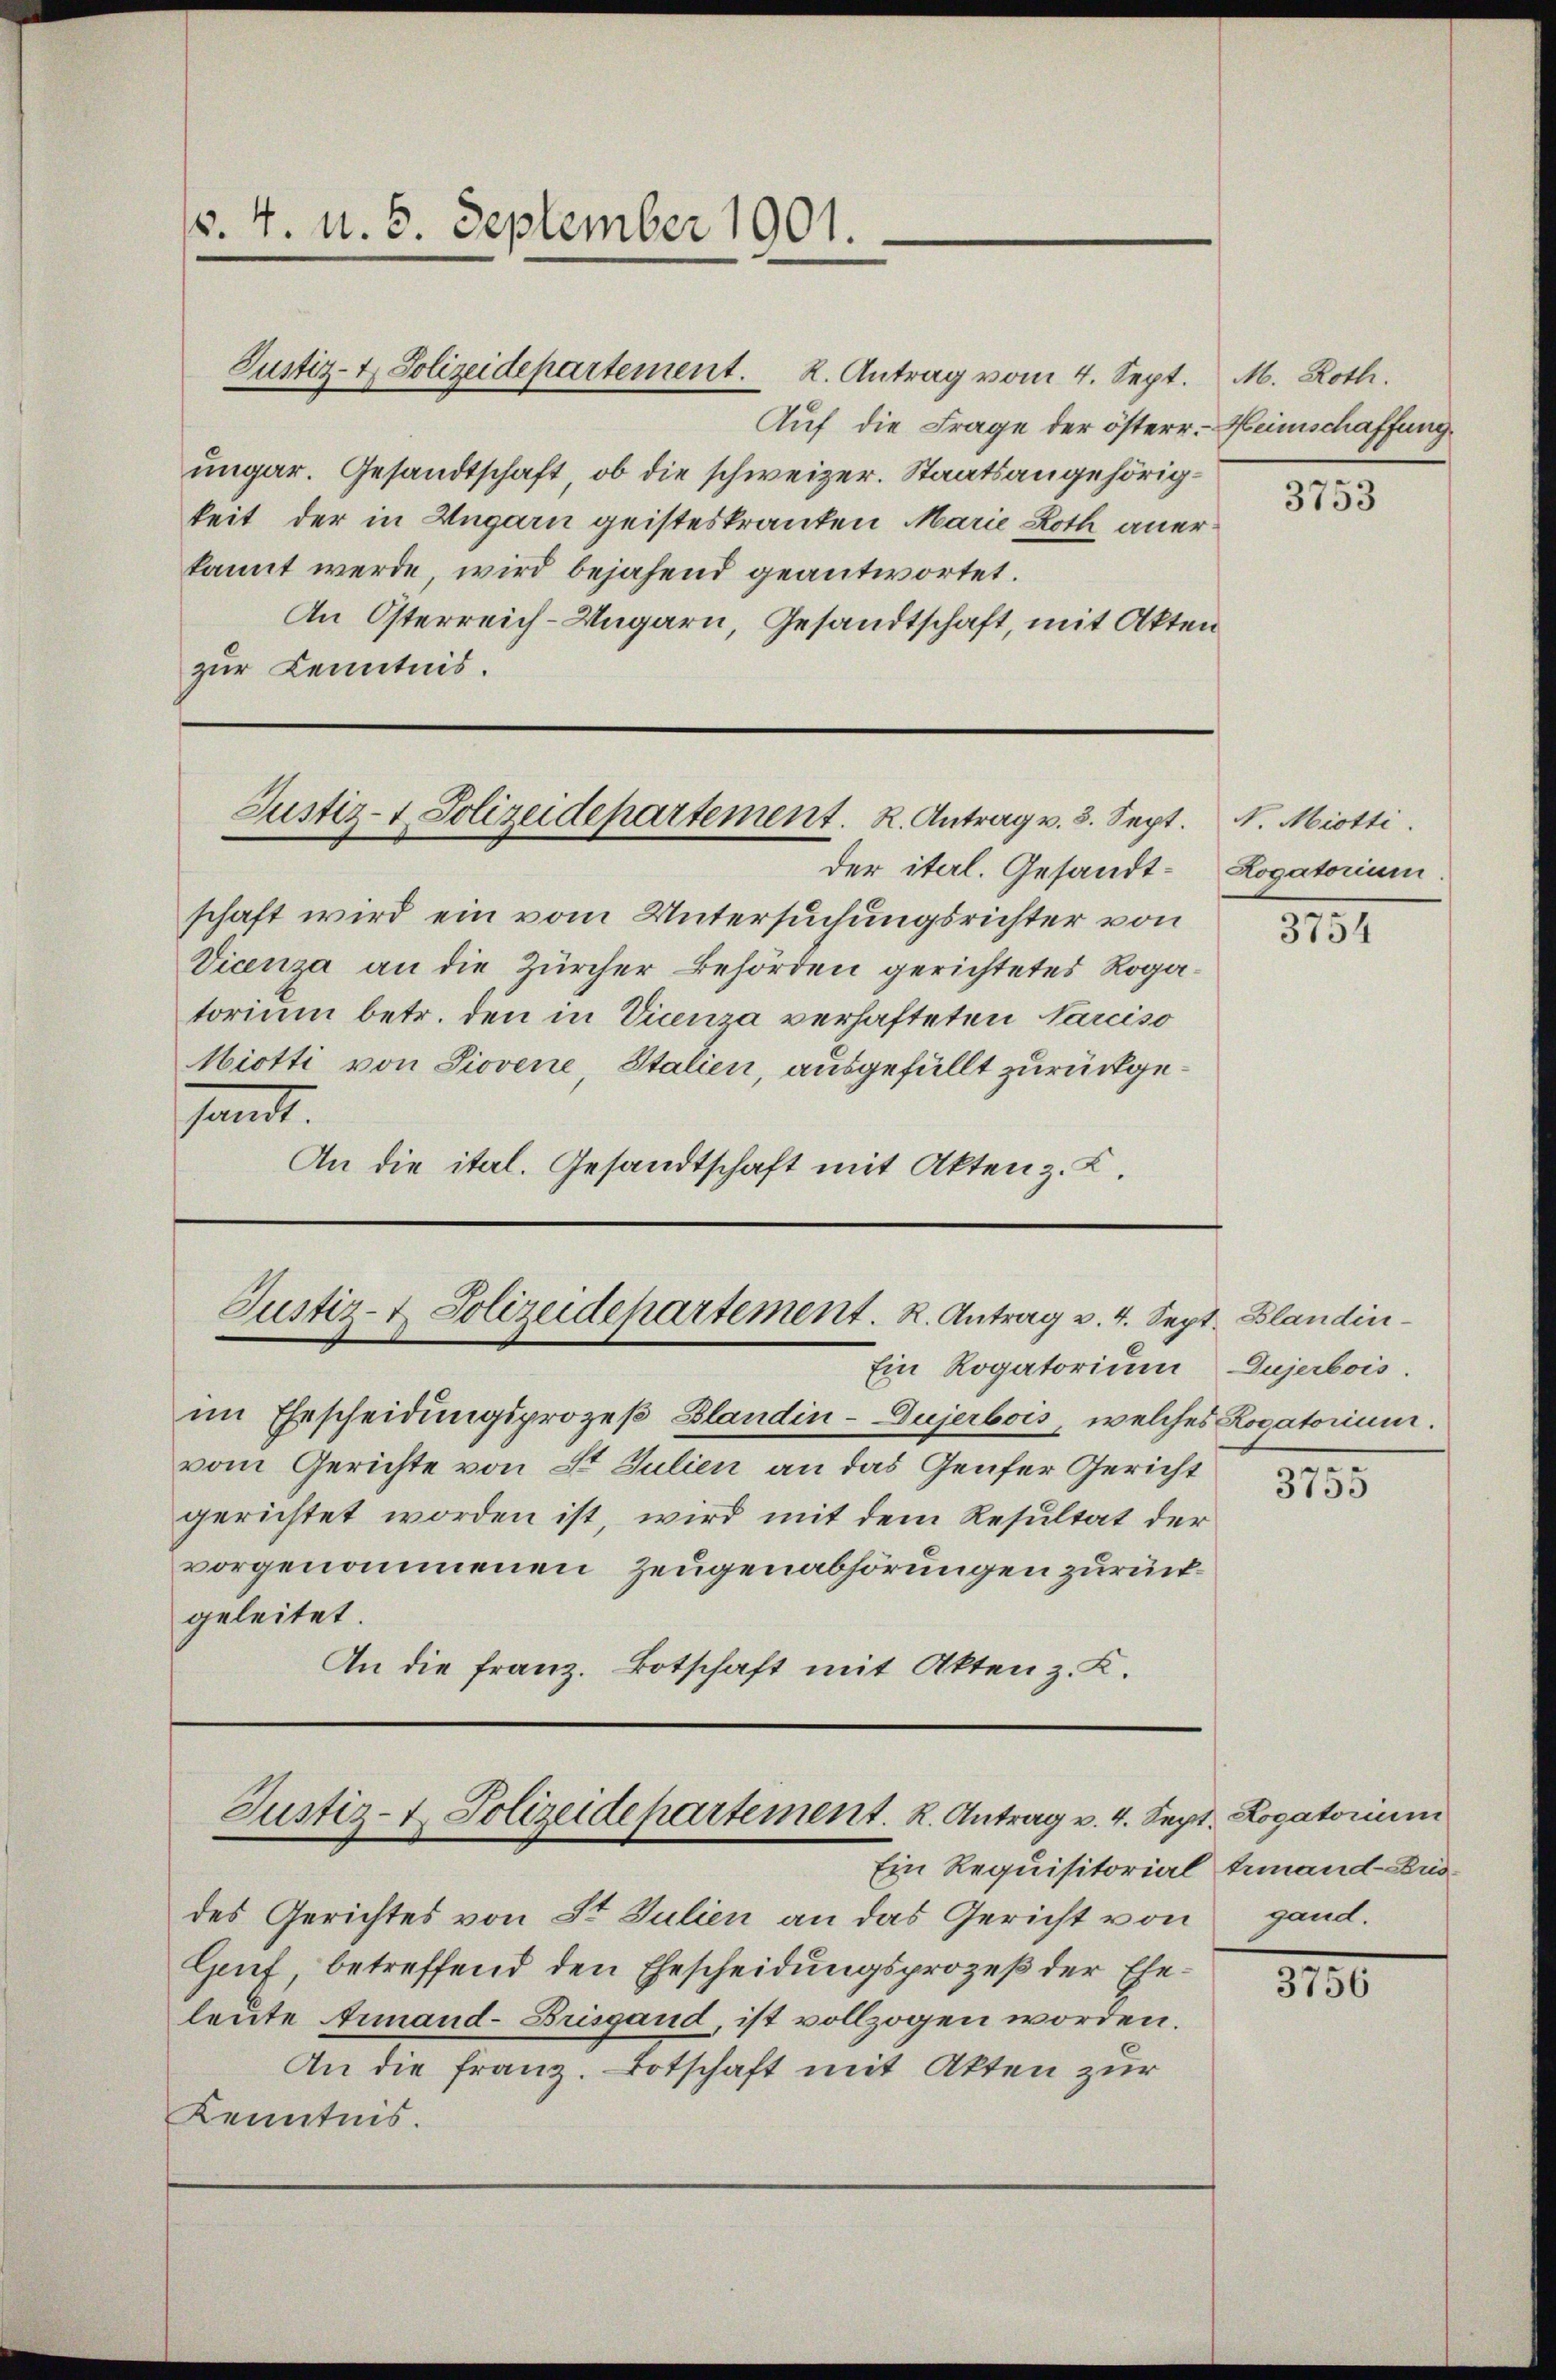
v. 4. d. 6. September 1901.

Justiz- & Polizeidepartement. K. Antrag vom 4. Sept. M. Roth.
Auf die Frage der österr. Heimschaffung
ungar. Gesandtschaft, ob die schweizer. Staatsangehörigkeit der in Ungarn geisteskranken Marie Roth aner
kannt werde, wird bejahend geantwortet.
An Österreich-Ungarn, Gesandtschaft, mit Akten
zur Kenntnis.

der itel. Gesandtschaft wird ein vom Untersuchungsrichter von
Vicenza an die Zürcher Behörden gerichtetes Roga
torium betr. den in Vicenza verhafteten Tarciso
Niotti von Piovene, Stalien, ausgefüllt zurückgesandt.
An die ital. Gesandtschaft mit Akten z. L.

Justiz- & Polizeidepartement. R. Antrag v. 3. Sept. N. Mitti.

Justiz- & Polizeidepartement. R. Antrag v. 4. Sept. Blandin¬
Ein Rogatorium

Justiz- & Polizeidepartement. K. Antrag v. 4. Sept. Logatorium
Ein Requisitorial hinand Zus

im Ehescheidungsprozeß Blandin-Dujerbois, welches Rogatorium.
vom Gerichte von St. Julien an das Genfer Gericht
gerichtet worden ist, wird mit dem Resultat der
vorgenommenen Zeugenabhörungen zurückgeleitet.
An die Franz. Botschaft mit Akten z. K.

des Gerichtes von St. Julien an das Gericht von gand.
Genf, betreffend den Ehescheidungsprozeß der Eheleute Armand- Brisgand, ist vollzogen worden.
An die Franz. Botschaft mit Akten zur
Kenntnis.

3753

Hogatorium.

315.

Gujerbois.

3755

3756